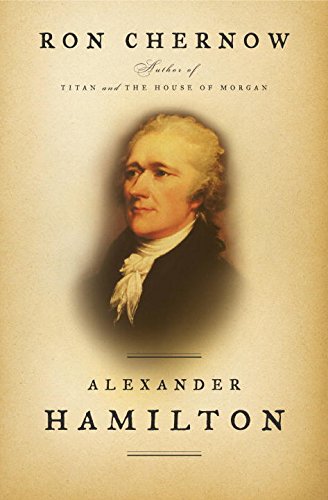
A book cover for Alexander Hamilton; Ron Chernow; Biographies & Memoirs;